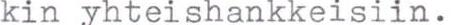
kin yhteishankkeisiin.